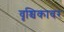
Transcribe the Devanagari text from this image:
वृश्चिकावर